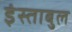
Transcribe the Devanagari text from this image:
इंस्ताबुल